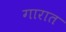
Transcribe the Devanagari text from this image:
गारात